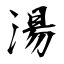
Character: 湯